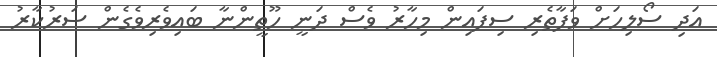
އަދި ސޯލިހަށް ވަފާތެރި ސިފައިން މިހާރު ވެސް ދަނީ ހޫތީންނާ ބައިވެރިވެގެން ސަރުކާރު